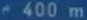
400 m